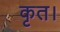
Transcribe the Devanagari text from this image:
कृत।